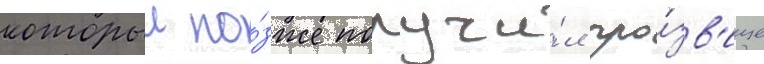
которыи по́зже получи́л про́зв'ище